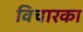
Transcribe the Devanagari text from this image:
विचारका